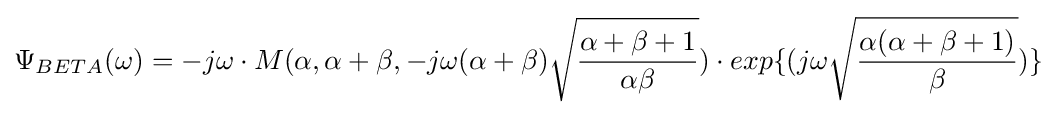
\Psi _{BETA}(\omega )=-j\omega \cdot M(\alpha ,\alpha +\beta ,-j\omega (\alpha +\beta ){\sqrt {\frac {\alpha +\beta +1}{\alpha \beta }}})\cdot exp\{(j\omega {\sqrt {\frac {\alpha (\alpha +\beta +1)}{\beta }}})\}